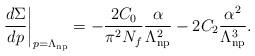
LaTeX: \begin{align*}\frac{d\Sigma}{dp}\bigg|_{p=\Lambda_{\rm np}}=-\frac{2C_0}{\pi^2N_f}{\alpha\over\Lambda_{\rm np}^2}-2C_2\frac{\alpha^2}{\Lambda_{\rm np}^3}.\end{align*}